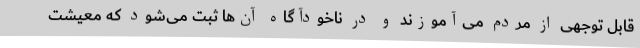
قابل توجهی از مردم می‌آموزند و در ناخودآگاه آن‌ها ثبت می‌شود که معیشت